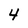
Character: 4